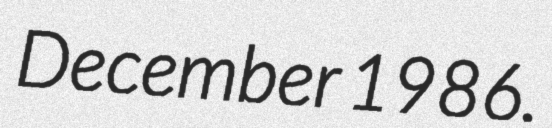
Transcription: December 1986.